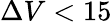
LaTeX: \Delta V<15